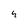
Character: 4